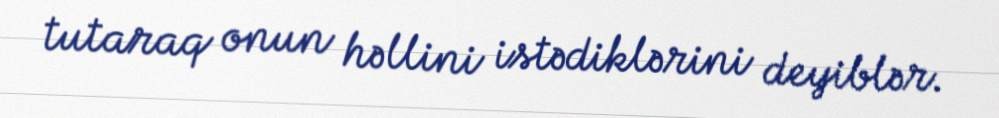
tutaraq onun həllini istədiklərini deyiblər.